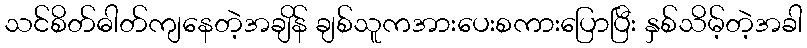
သင်စိတ်ဓါတ်ကျနေတဲ့အချိန် ချစ်သူကအားပေးစကားပြောပြီး နှစ်သိမ့်တဲ့အခါ